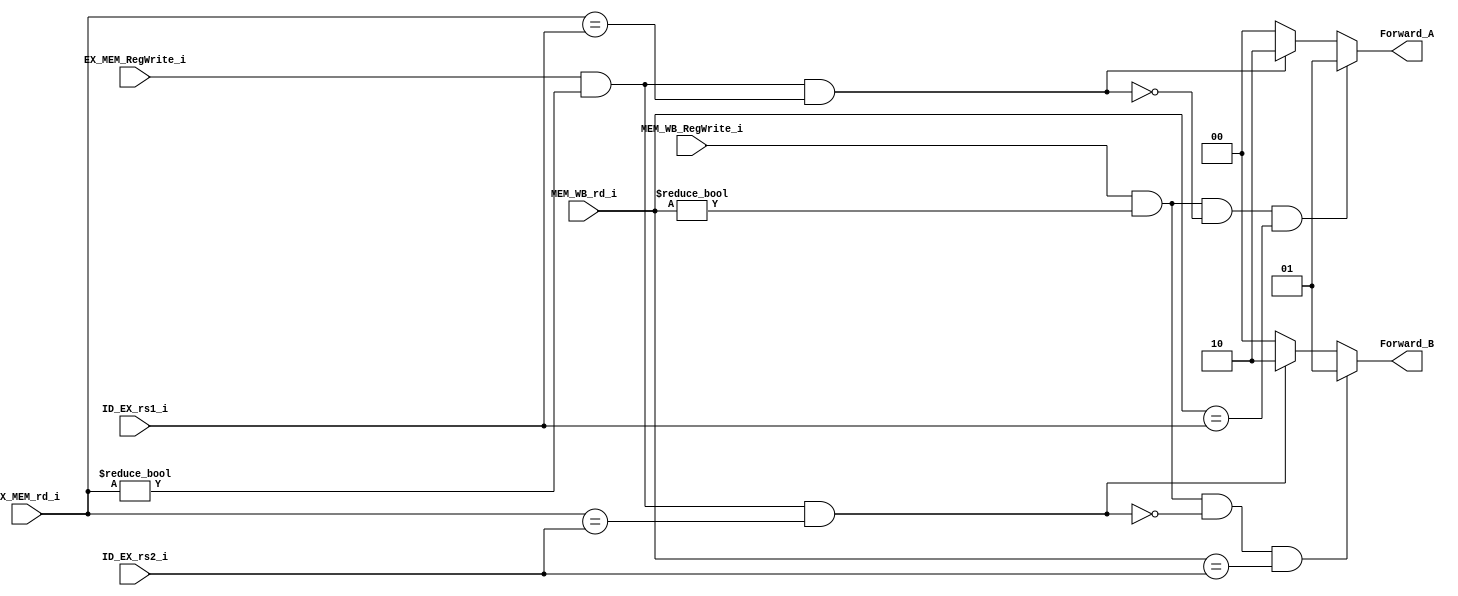
module Forwarding_Unit(
    input [4:0] ID_EX_rs1_i,
    input [4:0] ID_EX_rs2_i,
    input [4:0] EX_MEM_rd_i,
    input EX_MEM_RegWrite_i,
    input [4:0] MEM_WB_rd_i,
    input MEM_WB_RegWrite_i,

    output [1:0] Forward_A,
    output [1:0] Forward_B
);

reg [1:0] Forward_A;
reg [1:0] Forward_B;

always @(*) begin // unknown assign
    // EX hazard
    Forward_A = 2'b00;
    Forward_B = 2'b00;
    if (EX_MEM_RegWrite_i
        && (EX_MEM_rd_i != 0)
        && (EX_MEM_rd_i == ID_EX_rs1_i)
    ) begin
            Forward_A = 2'b10;
    end

    if (EX_MEM_RegWrite_i
        && (EX_MEM_rd_i != 0)
        && (EX_MEM_rd_i == ID_EX_rs2_i)
    ) begin
            Forward_B = 2'b10;
    end

    // MEM Hazard
    if (MEM_WB_RegWrite_i
        && MEM_WB_rd_i != 0
        && !(EX_MEM_RegWrite_i && (EX_MEM_rd_i != 0) && (EX_MEM_rd_i == ID_EX_rs1_i))
        && (MEM_WB_rd_i == ID_EX_rs1_i)
    ) begin
        Forward_A = 2'b01;
    end

    if (MEM_WB_RegWrite_i
        && MEM_WB_rd_i != 0
        && !(EX_MEM_RegWrite_i && (EX_MEM_rd_i != 0) && (EX_MEM_rd_i == ID_EX_rs2_i))
        && (MEM_WB_rd_i == ID_EX_rs2_i)
    ) begin
        Forward_B = 2'b01;
    end

end
endmodule